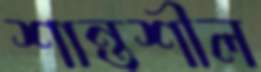
শান্তশীল